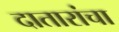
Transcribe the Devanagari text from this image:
दातारांचा